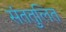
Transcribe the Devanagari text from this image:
संततुलित